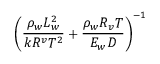
\left( \frac { \rho _ { w } L _ { w } ^ { 2 } } { k R ^ { v } T ^ { 2 } } + \frac { \rho _ { w } R _ { v } T } { E _ { w } D } \right) ^ { - 1 }